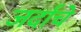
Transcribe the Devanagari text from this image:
जर्दाचे